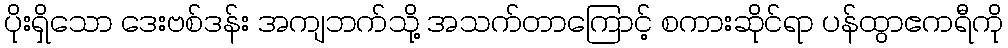
ပိုးရှိသော ဒေးဗစ်ဒန်း အကျဘက်သို့ အသက်တာကြောင့် စကားဆိုင်ရာ ပန်ထွာဧကရီကို